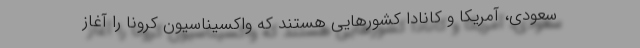
سعودی، آمریکا و کانادا کشورهایی هستند که واکسیناسیون کرونا را آغاز